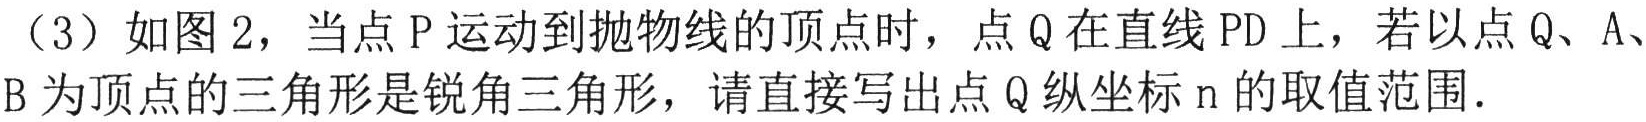
（3）如图2，当点P运动到抛物线的顶点时，点Q在直线PD上，若以点Q、A、B为顶点的三角形是锐角三角形，请直接写出点Q纵坐标n的取值范围．